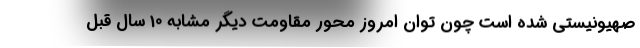
صهیونیستی شده است چون توان امروز محور مقاومت دیگر مشابه 10 سال قبل